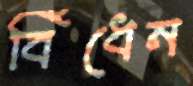
বিঁধেন